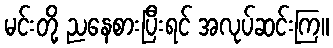
မင်းတို့ ညနေစားပြီးရင် အလုပ်ဆင်းကြ။